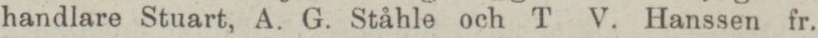
handlare Stuart, A. G. Ståhle och T V. Hanssen fr.